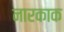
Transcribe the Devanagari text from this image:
नारकाक